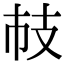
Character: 𢺷